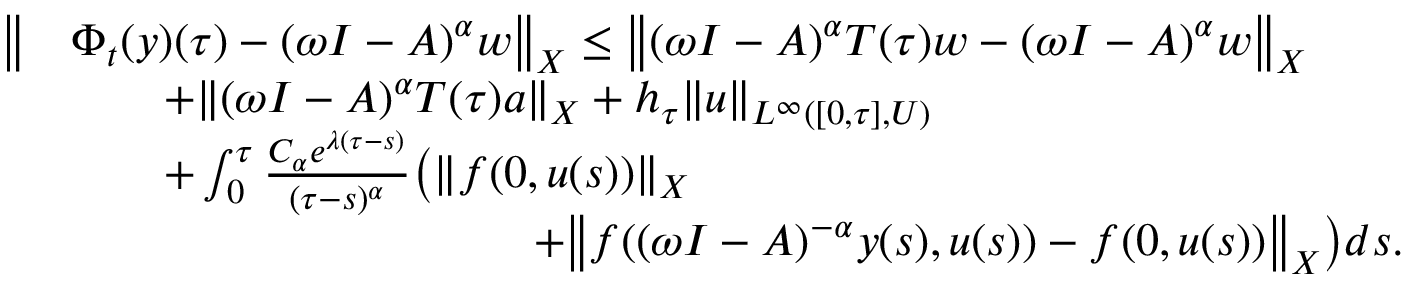
\begin{array} { r l } { \big \| } & { \Phi _ { t } ( y ) ( \tau ) - ( \omega I - A ) ^ { \alpha } w \big \| _ { X } \leq \big \| ( \omega I - A ) ^ { \alpha } T ( \tau ) w - ( \omega I - A ) ^ { \alpha } w \big \| _ { X } } \\ & { \qquad + \| ( \omega I - A ) ^ { \alpha } T ( \tau ) a \| _ { X } + h _ { \tau } \| u \| _ { L ^ { \infty } ( [ 0 , \tau ] , U ) } } \\ & { \qquad + \int _ { 0 } ^ { \tau } \frac { C _ { \alpha } e ^ { \lambda ( \tau - s ) } } { ( \tau - s ) ^ { \alpha } } \big ( \| f ( 0 , u ( s ) ) \| _ { X } } \\ & { \qquad \qquad \qquad \qquad \qquad + \big \| f ( ( \omega I - A ) ^ { - \alpha } y ( s ) , u ( s ) ) - f ( 0 , u ( s ) ) \big \| _ { X } \big ) d s . } \end{array}